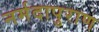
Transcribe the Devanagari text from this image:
नर्मदापुराण